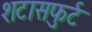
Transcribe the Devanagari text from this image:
शटासफुर्ट